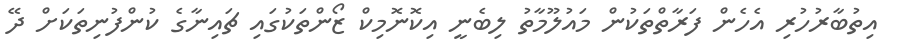
އިތުބާރުހުރި އެހެން ފަރާތްތަކުން މައުލޫމާތު ލިބެނީ އިކޮނޮމިކް ޒޯންތަކުގައި ޗައިނާގެ ކުންފުނިތަކަށް ދޭ